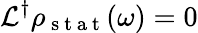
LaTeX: \mathcal{L}^{\dagger}\rho_{\mathrm{~s~t~a~t~}}(\omega)=0